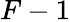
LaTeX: F-1